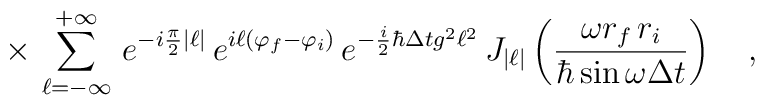
\times\,\sum_{\ell=-\infty}^{+\infty}\,e^{-i\frac{\pi}{2}|\ell|}\,e^{i\ell(\varphi_f-\varphi_i)}\,e^{-\frac{i}{2}\hbar\Delta t g^2\ell^2}\,J_{|\ell|}\left(\frac{\omega r_f\,r_i}{\hbar\sin\omega\Delta t}\right)\ \ \ ,